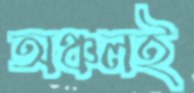
অঞ্চলই